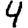
Digit: 4